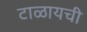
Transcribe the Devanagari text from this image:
टाळायची